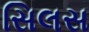
સિલસ